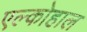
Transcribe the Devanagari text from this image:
एल्कोहाल